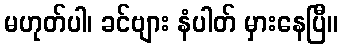
မဟုတ်ပါ၊ ခင်ဗျား နံပါတ် မှားနေပြီ။